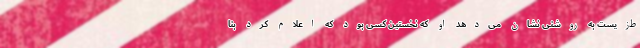
ط‌زیست به‌ روشنی نشان می‌دهد او که نخستین کسی بود که اعلام کرد بنا